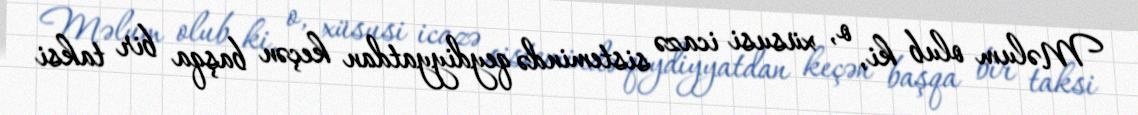
Məlum olub ki, o, xüsusi icazə sistemində qeydiyyatdan keçən başqa bir taksi